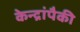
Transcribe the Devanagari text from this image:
केन्द्रांपैकी